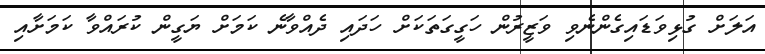
އަލަށް ގުޅިވަޑައިގެންނެވި ވަޒީރުން ހަގީގަތަކަށް ހަދައި ދެއްވާނެ ކަމަށް ޔަގީން ކުރައްވާ ކަމަށާއި